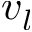
v _ { l }